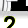
Digit: 2